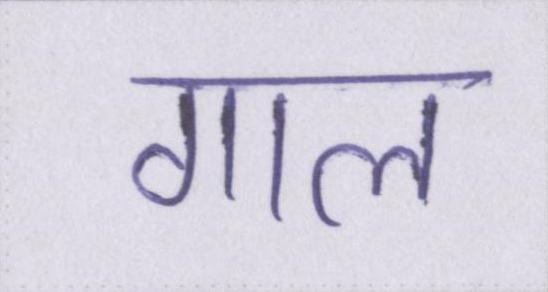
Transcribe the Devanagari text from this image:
गाल